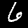
Digit: 6